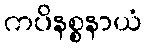
ကပိနစ္စနာယံ